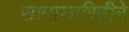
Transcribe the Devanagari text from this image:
सामान्यरितीने